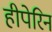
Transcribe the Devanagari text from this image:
हीपेरिन